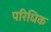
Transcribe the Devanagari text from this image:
परिधिक